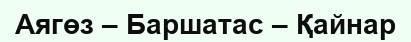
Аягөз – Баршатас – Қайнар